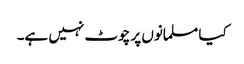
کیا مسلمانوں پر چوٹ نہیں ہے۔